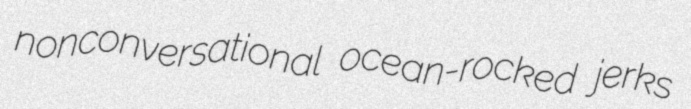
nonconversational ocean-rocked jerks